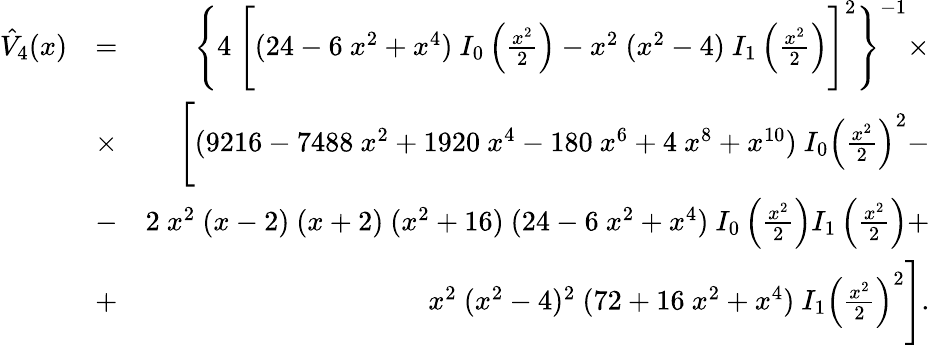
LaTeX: \begin{array}{rlr}{\hat{V}_{4}(x)}&{=}&{\Bigg\{ 4~\Bigg[(24-6~x^{2}+x^{4})~I_{0}\left(\frac{x^{2}}{2}\right)-x^{2}~(x^{2}-4)~I_{1}\left(\frac{x^{2}}{2}\right)\Bigg]^{2}\Bigg\} ^{-1}\times}\\ &{\times}&{\Bigg[(9216-7488~x^{2}+1920~x^{4}-180~x^{6}+4~x^{8}+x^{10})~I_{0}\left(\frac{x^{2}}{2}\right)^{2}-}\\ &{-}&{2~x^{2}~(x-2)~(x+2)~(x^{2}+16)~(24-6~x^{2}+x^{4})~I_{0}\left(\frac{x^{2}}{2}\right)I_{1}\left(\frac{x^{2}}{2}\right)+}\\ &{+}&{x^{2}~(x^{2}-4)^{2}~(72+16~x^{2}+x^{4})~I_{1}\left(\frac{x^{2}}{2}\right)^{2}\Bigg].}\end{array}